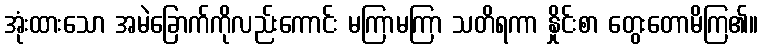
အုံးထားသော အမဲခြောက်ကိုလည်းကောင်း မကြာမကြာ သတိရကာ နှိုင်းစာ တွေးတောမိကြ၏။